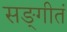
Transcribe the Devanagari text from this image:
सङ्गीतं